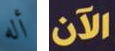
أله الآن